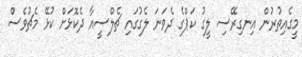
މީގެއިތުރުން އިނގިރޭސި ލީގު ކަޕްގެ ދެވަނަ ލެގުގައި ޗެލްސީއާ ދެކޮޅަށް ކުޅޭ މެޗުވެސް